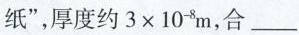
纸”，厚度约 $$3 \times 10^{-8}m,$$ 合___